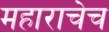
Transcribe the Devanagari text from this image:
महाराचेच